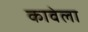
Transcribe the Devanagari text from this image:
कावेला